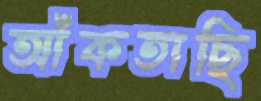
আঁকতাছি